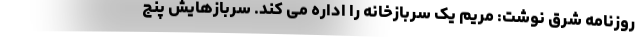
روزنامه شرق نوشت: مریم یک سربازخانه را اداره می کند. سربازهایش پنج